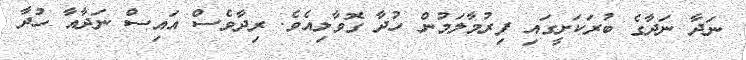
ނަދާ ނަދާގެ ބުރަކަށީގައި ފިރުމާލަމުން ހުދާ ގޮވާލިއެވެ. ރިދާވެސް އައިސް ނަދާއާ ހުދާ